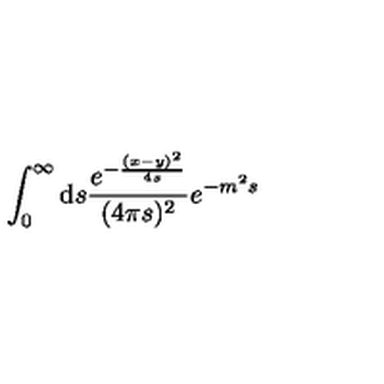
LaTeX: \int _ { 0 } ^ { \infty } \mathrm { d } s \frac { e ^ { - \frac { ( x - y ) ^ { 2 } } { 4 s } } } { ( 4 \pi s ) ^ { 2 } } e ^ { - m ^ { 2 } s }